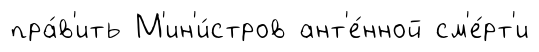
пра́в'ить М'ин'и́стров ант'е́нной см'е́рт'и